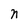
Character: n